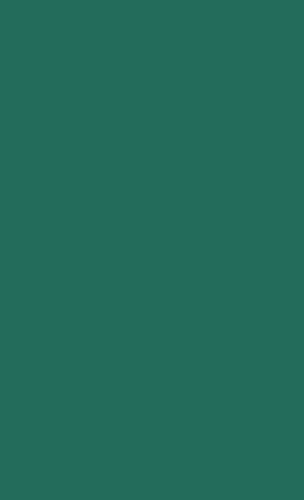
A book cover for Iceland, the First American Republic; Vilhjalmur Stefansson; History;